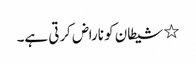
٭ شیطان کو ناراض کرتی ہے۔